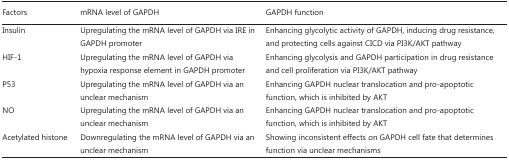
<table><thead><tr><td><b>Factors</b></td><td><b>mRNA level of GAPDH</b></td><td><b>GAPDH function</b></td></tr></thead><tbody><tr><td>Insulin</td><td>Upregulating the mRNA level of GAPDH via IRE in GAPDH promoter</td><td>Enhancing glycolytic activity of GAPDH, inducing drug resistance, and protecting cells against CICD via PI3K/AKT pathway</td></tr><tr><td>HIF-1</td><td>Upregulating the mRNA level of GAPDH via hypoxia response element in GAPDH promoter</td><td>Enhancing glycolysis and GAPDH participation in drug resistance and cell proliferation via PI3K/AKT pathway</td></tr><tr><td>P53</td><td>Upregulating the mRNA level of GAPDH via an unclear mechanism</td><td>Enhancing GAPDH nuclear translocation and pro-apoptotic function, which is inhibited by AKT</td></tr><tr><td>NO</td><td>Upregulating the mRNA level of GAPDH via an unclear mechanism</td><td>Enhancing GAPDH nuclear translocation and pro-apoptotic function, which is inhibited by AKT</td></tr><tr><td>Acetylated histone</td><td>Downregulating the mRNA level of GAPDH via an unclear mechanism</td><td>Showing inconsistent effects on GAPDH cell fate that determines function via unclear mechanisms</td></tr></tbody></table>